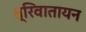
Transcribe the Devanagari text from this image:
त्रिवातायन